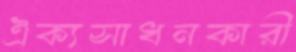
ঐক্যসাধনকারী